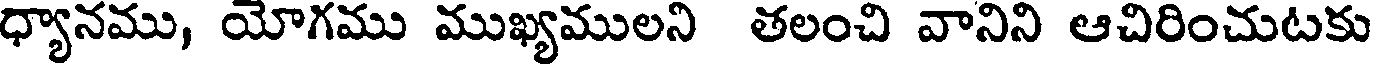
ధ్యానము, యోగము ముఖ్యములని తలంచి వానిని ఆచిరించుటకు